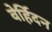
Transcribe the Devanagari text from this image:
वेर्हिदन